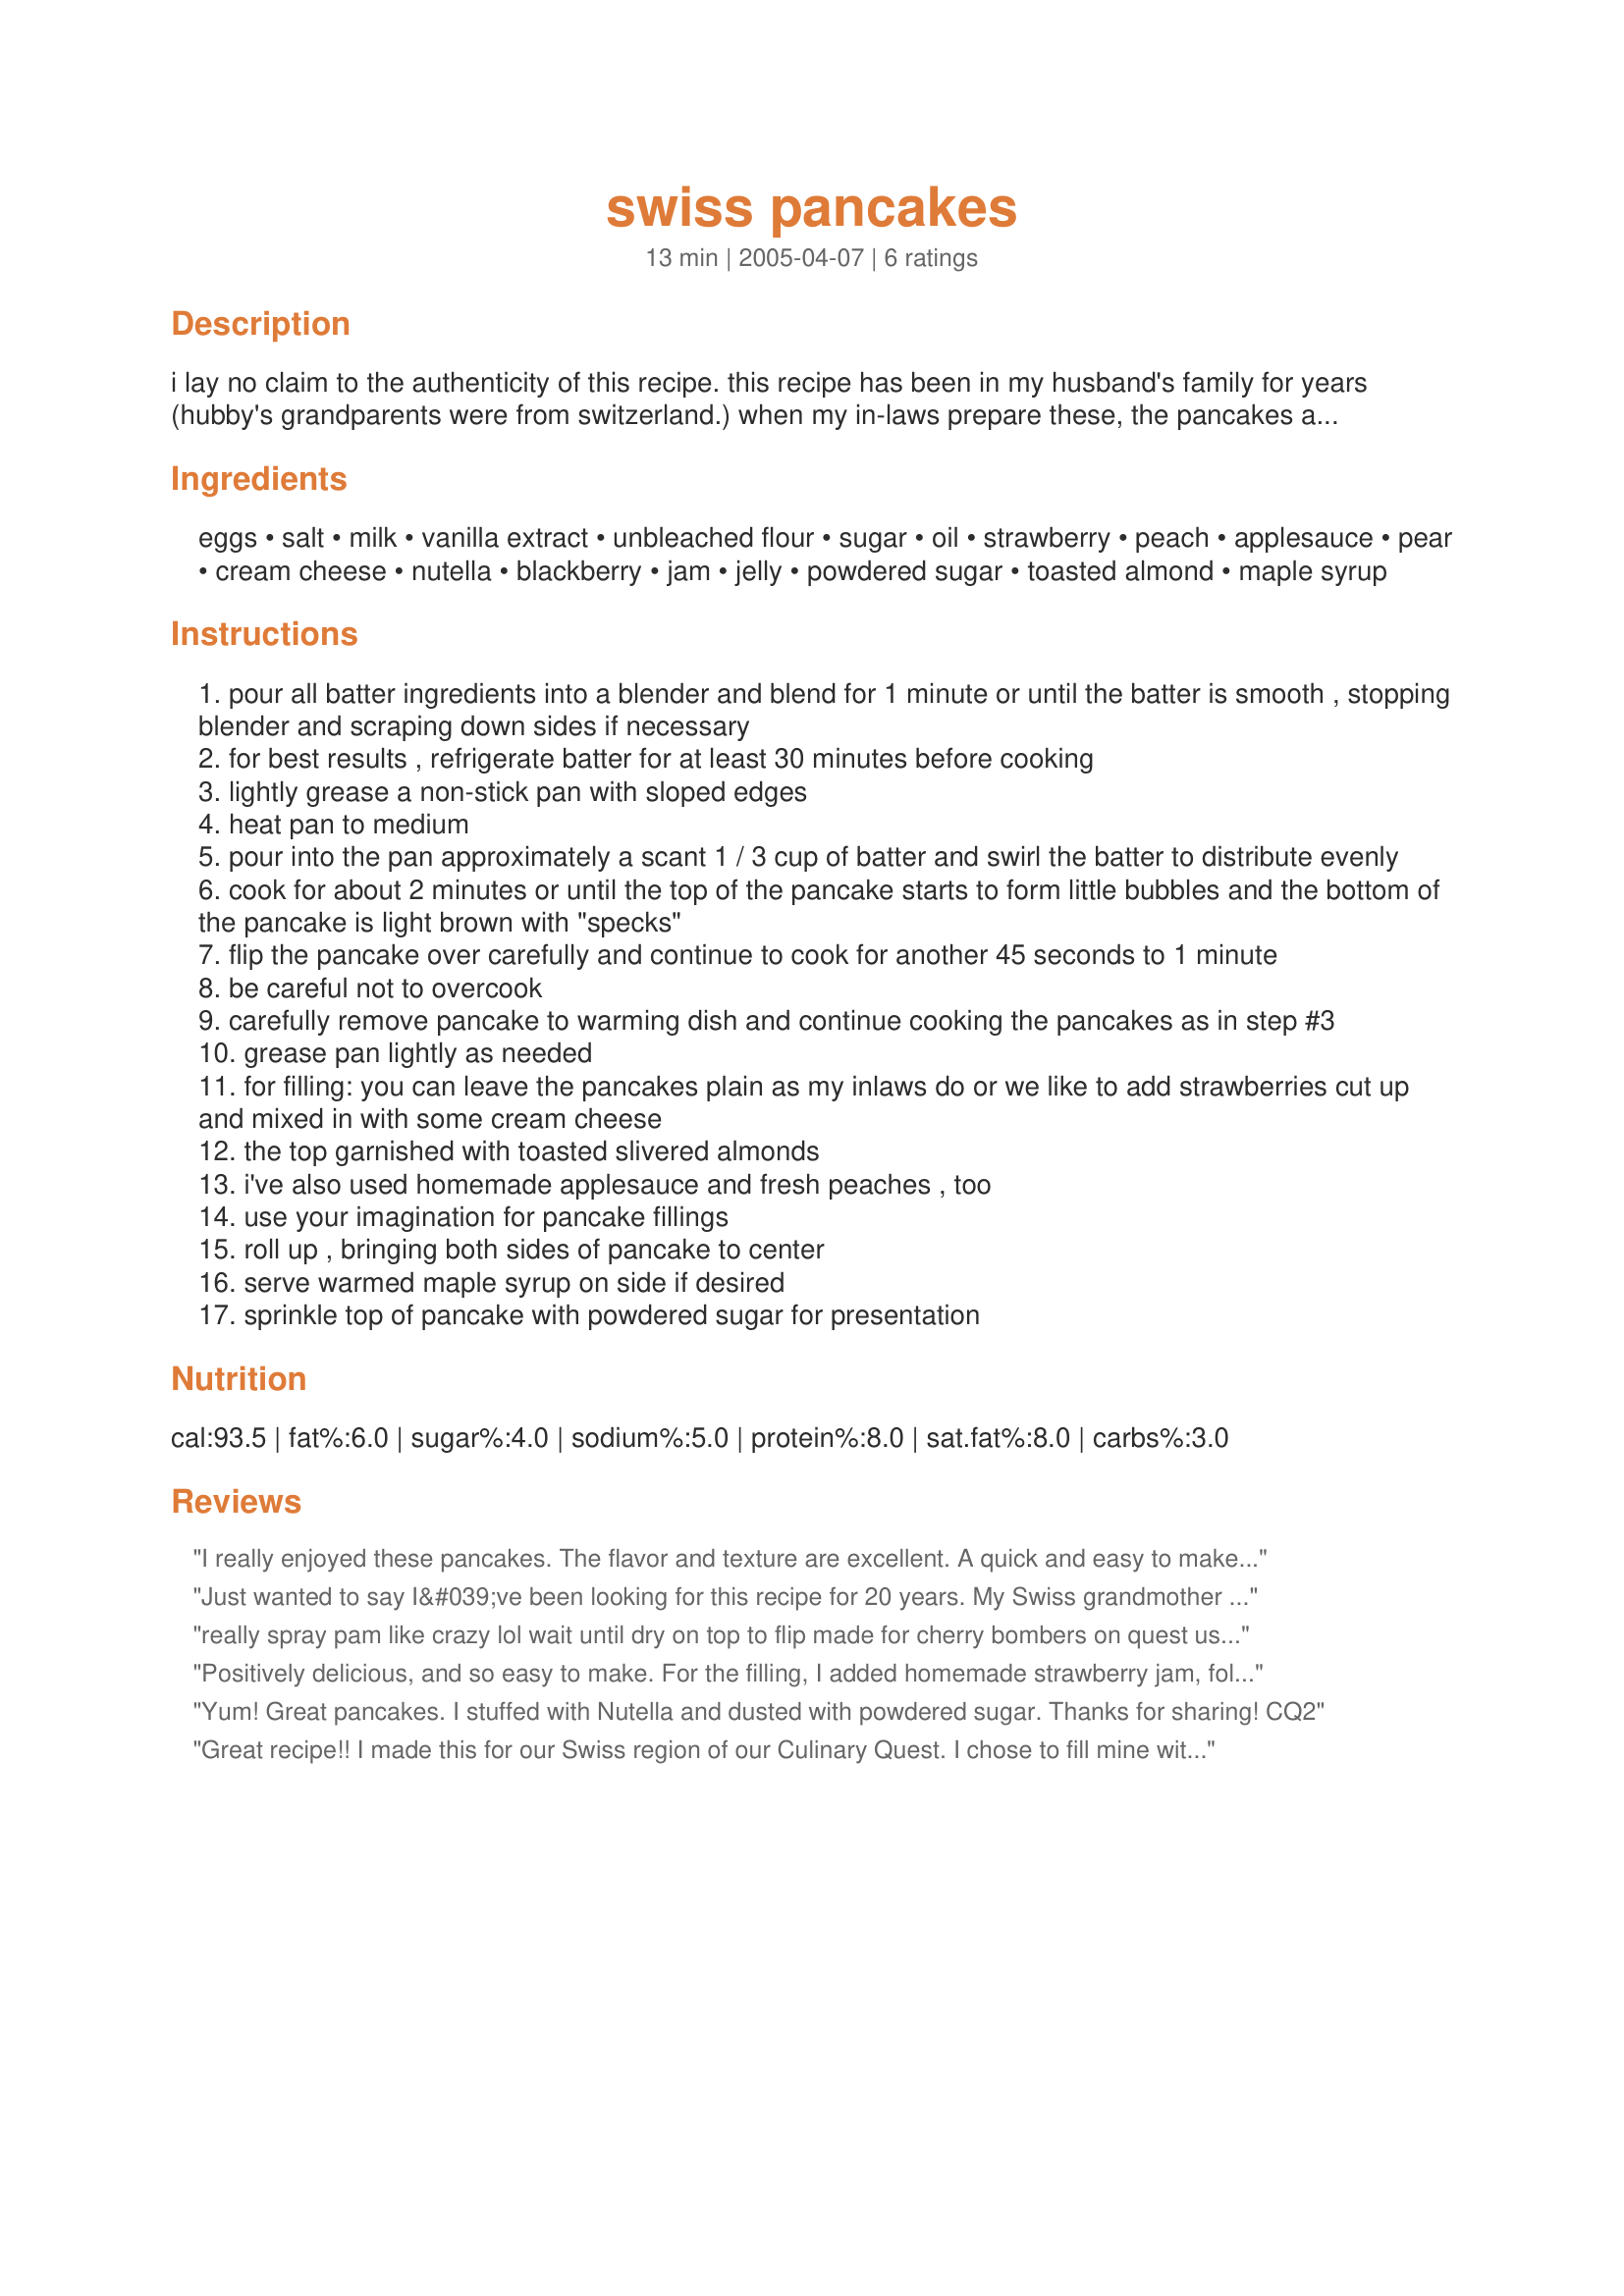
swiss pancakes
Preparation time: 13 minutes

i lay no claim to the authenticity of this recipe.
this recipe has been in my husband's family for years (hubby's grandparents were from switzerland.) when my in-laws prepare these, the pancakes are folded up without any filling but i take it a step further and add all sorts of goodies, depending on the season (read my suggestions below). if you are limiting your cholesterol intake, do not substitute more than half of the eggs with an egg substitute. this yields something identical in taste to french crepes, except these pancakes are larger and thicker.

Ingredients:
eggs, salt, milk, vanilla extract, unbleached flour, sugar, oil, strawberry, peach, applesauce, pear, cream cheese, nutella, blackberry, jam, jelly, powdered sugar, toasted almond, maple syrup

Steps:
pour all batter ingredients into a blender and blend for 1 minute or until the batter is smooth , stopping blender and scraping down sides if necessary
for best results , refrigerate batter for at least 30 minutes before cooking
lightly grease a non-stick pan with sloped edges
heat pan to medium
pour into the pan approximately a scant 1 / 3 cup of batter and swirl the batter to distribute evenly
cook for about 2 minutes or until the top of the pancake starts to form little bubbles and the bottom of the pancake is light brown with "specks"
flip the pancake over carefully and continue to cook for another 45 seconds to 1 minute
be careful not to overcook
carefully remove pancake to warming dish and continue cooking the pancakes as in step #3
grease pan lightly as needed
for filling: you can leave the pancakes plain as my inlaws do or we like to add strawberries cut up and mixed in with some cream cheese
the top garnished with toasted slivered almonds
i've also used homemade applesauce and fresh peaches , too
use your imagination for pancake fillings
roll up , bringing both sides of pancake to center
serve warmed maple syrup on side if desired
sprinkle top of pancake with powdered sugar for presentation

Reviews:
I really enjoyed these pancakes. The flavor and texture are excellent. A quick and easy to make breakfast with wonderful results. I served the pancakes with two different fillings, homemade Japanese caramel apple butter and also good ole Nutella. I then drizzled with Strawberry freezer jam. What a decadent treat. It filled all my sweet cravings for the day. Thank you so much for sharing.
Just wanted to say I&#039;ve been looking for this recipe for 20 years. My Swiss grandmother called it &quot;Donkel&quot; or something like that. It&#039;s absolutely delicious. The problem has always been that she always detailed the recipe as a little of this, a dab of that and a pinch of this. My very favorite Sunday morning feast without question.
really spray pam like crazy lol wait until dry on top to flip made for cherry bombers on quest used my mulberry jam ,wonderful
Positively delicious, and so easy to make. For the filling, I added homemade strawberry jam, folded them over and topped with whipped cream and fresh sliced strawberries. It was delicious. Thanks for sharing your recipe, Cookgirl. Made for Culinary Quest 2015 (Swiss).
Yum! Great pancakes. I stuffed with Nutella and dusted with powdered sugar. Thanks for sharing! CQ2
Great recipe!! I made this for our Swiss region of our Culinary Quest. I chose to fill mine with cream cheese and sweet sliced strawberries. I then topped them with some more strawberries slices, whipped topping and honey roasted sliced almonds, yummy!! I made 1/8 of the recipe with great results. Thanks for sharing the recipe.
